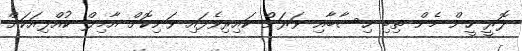
ލޮރީ ހީން މެން ތިބި ހިސާބާއި ވަރަށް ކައިރިވެފައި ވަނިކޮށް އާމިލް ކުއްލިއަކަށް